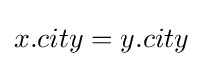
x.city=y.city